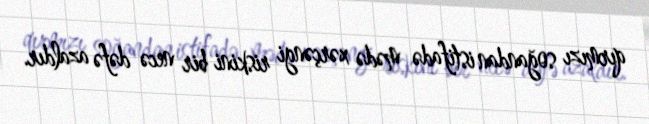
qırmızı soğandan istifadə mədə xərçəngi riskini bir necə dəfə azaldır.